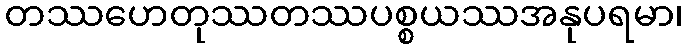
တဿဟေတုဿတဿပစ္စယဿအနုပရမာ၊